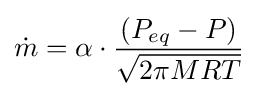
{\dot {m}}=\alpha \cdot {\frac {(P_{eq}-P)}{\sqrt {2\pi MRT}}}